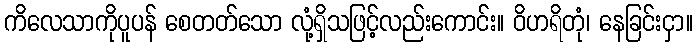
ကိလေသာကိုပူပန် စေတတ်သော လုံ့ရှိသဖြင့်လည်းကောင်း။ ဝိဟရိတုံ၊ နေခြင်းငှာ။